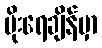
မိုးရေချိန်မှာ